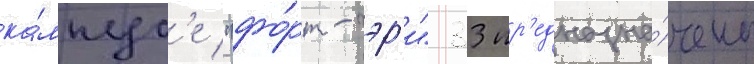
ка́мпус'е "фо́рт-гэр'и" 33 пр'едназна́чены